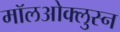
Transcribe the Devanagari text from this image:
मॉलओक्लुस्न